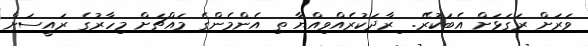
ވަރަށް ރަގަޅަށް އެބަކުރޭ.  ިރާދަކުރެއްވިއްޔާ ތި އެންމެންގެ މައްޗަށް މިހާރުގެ ރައީސަށް